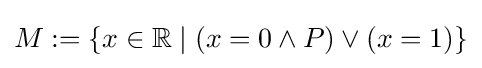
M:=\{x\in {\mathbb {R} }\mid (x=0\land P)\lor (x=1)\}